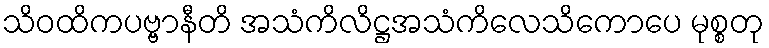
သိဝထိကပဗ္ဗာနီတိ အသံကိလိဋ္ဌအသံကိလေသိကောပေ မုစ္စတု